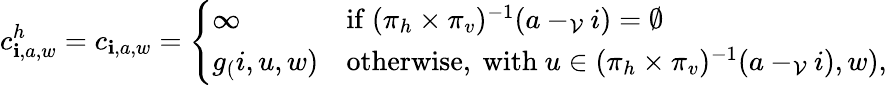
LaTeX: c_{\mathbf{i},a,w}^{h}=c_{\mathbf{i},a,w}=\left\{ \begin{array}{ll}{\infty\quad}&{\mathrm{if~}(\pi_{h}\times\pi_{v})^{-1}(a-_{\mathcal{V}}i)=\emptyset}\\ {g_(i,u,w)}&{\mathrm{otherwise,~with~}u\in(\pi_{h}\times\pi_{v})^{-1}(a-_{\mathcal{V}}i),w),}\end{array}\right.